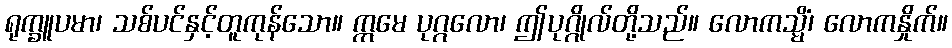
ရုက္ခူပမာ၊ သစ်ပင်နှင့်တူကုန်သော။ ဣမေ ပုဂ္ဂလော၊ ဤပုဂ္ဂိုလ်တို့သည်။ လောကသ္မိံ၊ လောကနှိုက်။